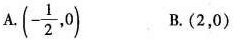
A.(- \frac{1}{2},0) B.(2，0)